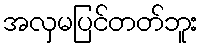
အလှမပြင်တတ်ဘူး